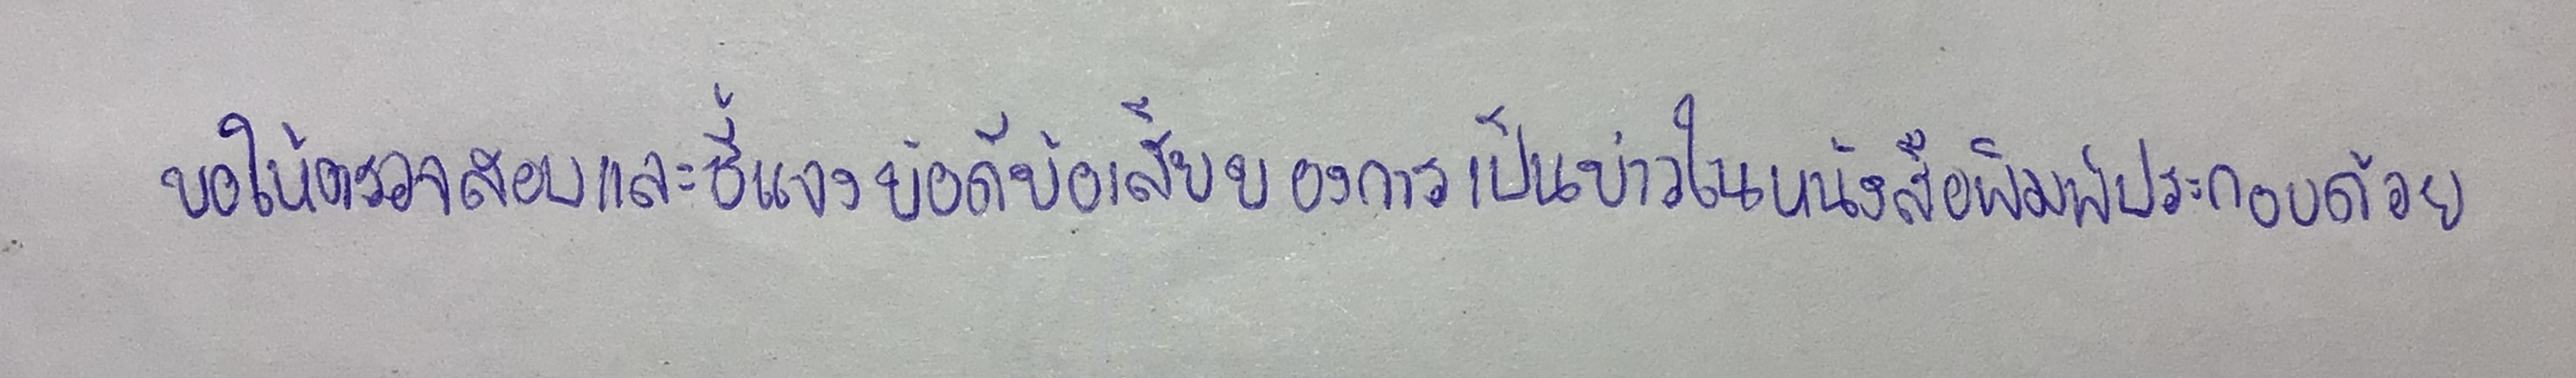
"ขอให้ตรวจสอบและชี้แจงข้อดีข้อเสียของการเป็นข่าวในหน้าหนังสือพิมพ์ประกอบด้วย"